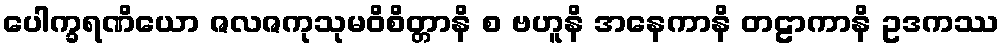
ပေါက္ခရဏိယော ဇလဇကုသုမဝိစိတ္တာနိ စ ဗဟူနိ အနေကာနိ တဠာကာနိ ဥဒကဿ